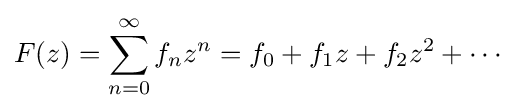
F(z)=\sum _{n=0}^{\infty }f_{n}z^{n}=f_{0}+f_{1}z+f_{2}z^{2}+\cdots